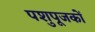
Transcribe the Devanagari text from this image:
पशुपूजकों